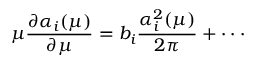
\mu \frac { \partial \alpha _ { i } ( \mu ) } { \partial \mu } = b _ { i } \frac { \alpha _ { i } ^ { 2 } ( \mu ) } { 2 \pi } + \cdot \cdot \cdot